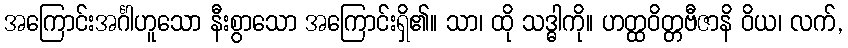
အကြောင်းအင်္ဂါဟူသော နီးစွာသော အကြောင်းရှိ၏။ သာ၊ ထို သဒ္ဓါကို။ ဟတ္ထဝိတ္တဗီဇာနိ ဝိယ၊ လက်,